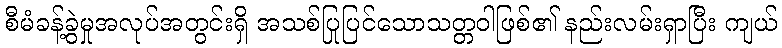
စီမံခန့်ခွဲမှုအလုပ်အတွင်းရှိ အသစ်ပြုပြင်သောသတ္တဝါဖြစ်၏ နည်းလမ်းရှာပြီး ကျယ်